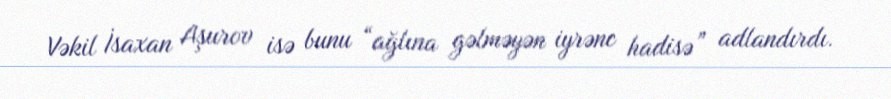
Vəkil İsaxan Aşurov isə bunu “ağlına gəlməyən iyrənc hadisə” adlandırdı.